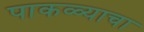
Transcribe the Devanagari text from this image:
पाकळ्याचा